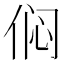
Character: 𫢨